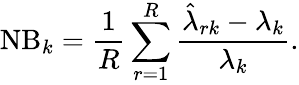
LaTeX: \mathrm{NB}_{k}=\frac{1}{R}\sum_{r=1}^{R}\frac{\hat{{\lambda}}_{rk}-{{\lambda}_{k}}}{{{\lambda}_{k}}}.